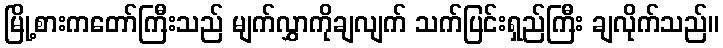
မြို့စားကတော်ကြီးသည် မျက်လွှာကိုချလျက် သက်ပြင်းရှည်ကြီး ချလိုက်သည်။